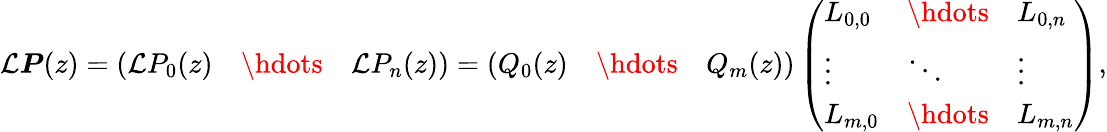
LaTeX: \mathcal{L}\boldsymbol{P}(z)=\left(\begin{array}{lll}{\mathcal{L}P_{0}(z)}&{\hdots}&{\mathcal{L}P_{n}(z)}\end{array}\right)=\left(\begin{array}{lll}{Q_{0}(z)}&{\hdots}&{Q_{m}(z)}\end{array}\right)\left(\begin{array}{lll}{L_{0,0}}&{\hdots}&{L_{0,n}}\\ {\vdots}&{\ddots}&{\vdots}\\ {L_{m,0}}&{\hdots}&{L_{m,n}}\end{array}\right),